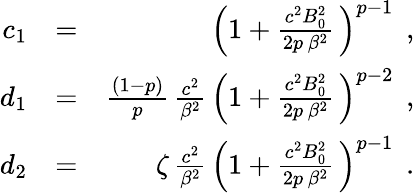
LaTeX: \begin{array}{rlr}{c_{1}}&{=}&{\left(1+\frac{c^{2}B_{0}^{2}}{2p\, \beta^{2}}\, \right)^{p-1}\, \; ,}\\ {d_{1}}&{=}&{\frac{(1-p)}{p}\, \frac{c^{2}}{\beta^{2}}\, \left(1+\frac{c^{2}B_{0}^{2}}{2p\, \beta^{2}}\, \right)^{p-2}\, \; ,}\\ {d_{2}}&{=}&{\zeta\, \frac{c^{2}}{\beta^{2}}\, \left(1+\frac{c^{2}B_{0}^{2}}{2p\, \beta^{2}}\, \right)^{p-1}\, \; .}\end{array}